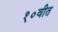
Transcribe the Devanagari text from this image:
१०वीत